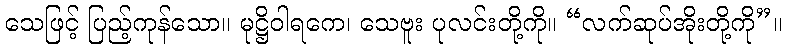
သေဖြင့် ပြည့်ကုန်သော။ မုဋ္ဌိဝါရကေ၊ သေဗူး ပုလင်းတို့ကို။ “လက်ဆုပ်အိုးတို့ကို”။